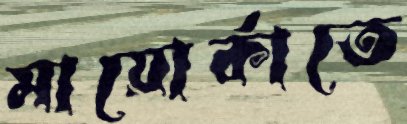
মায়োর্কাতে